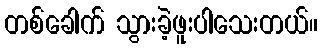
တစ်ခေါက် သွားခဲ့ဖူးပါသေးတယ်။